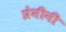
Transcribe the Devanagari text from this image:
प्रेमीनी